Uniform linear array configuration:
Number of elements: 16
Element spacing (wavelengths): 1
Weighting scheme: hann
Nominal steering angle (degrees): -30
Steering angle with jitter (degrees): -29.057
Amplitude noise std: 0.05
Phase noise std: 0.05

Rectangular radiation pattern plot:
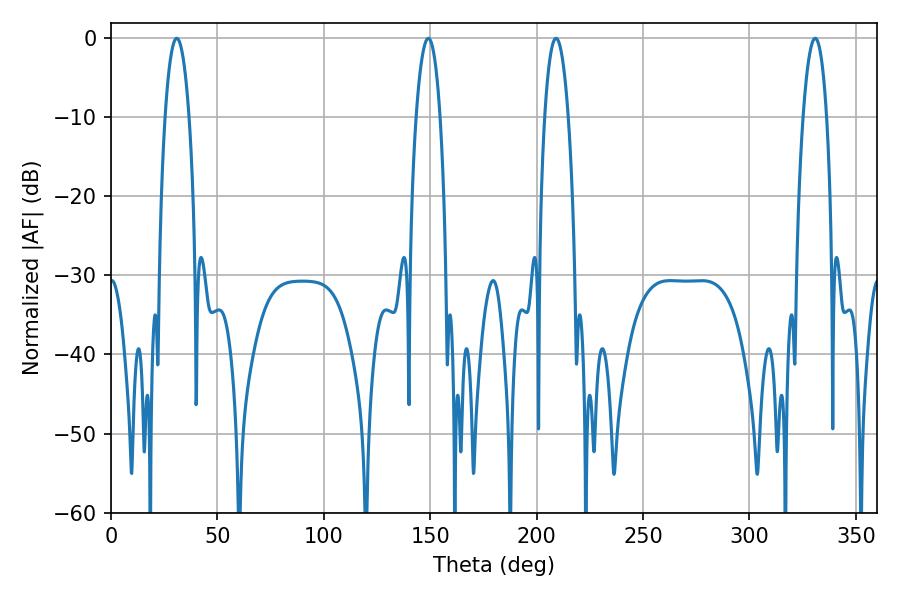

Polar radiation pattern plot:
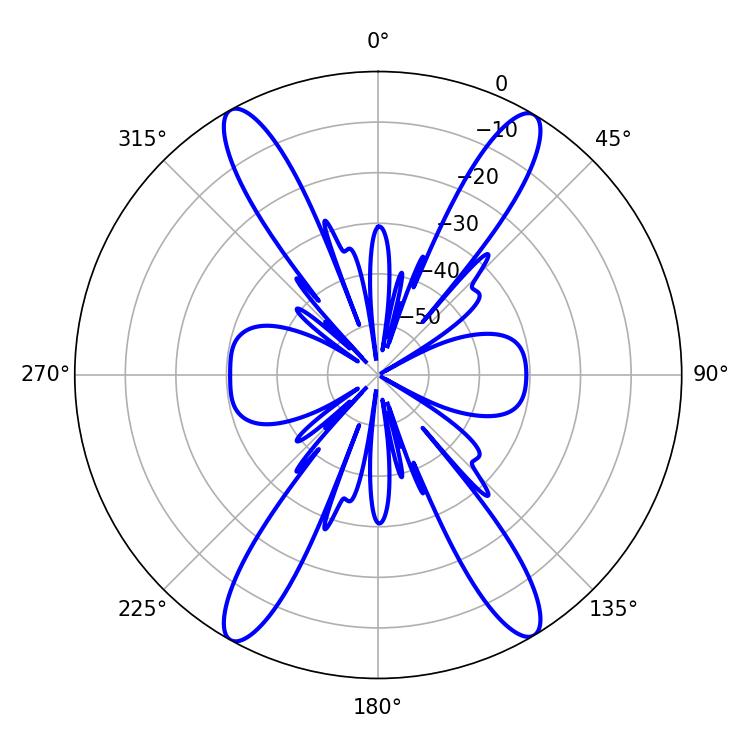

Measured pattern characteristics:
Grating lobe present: TRUE
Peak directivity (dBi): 23.885
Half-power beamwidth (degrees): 6.12
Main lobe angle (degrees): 209.16